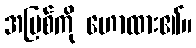
အပြစ်ကို ဟောထား၏။